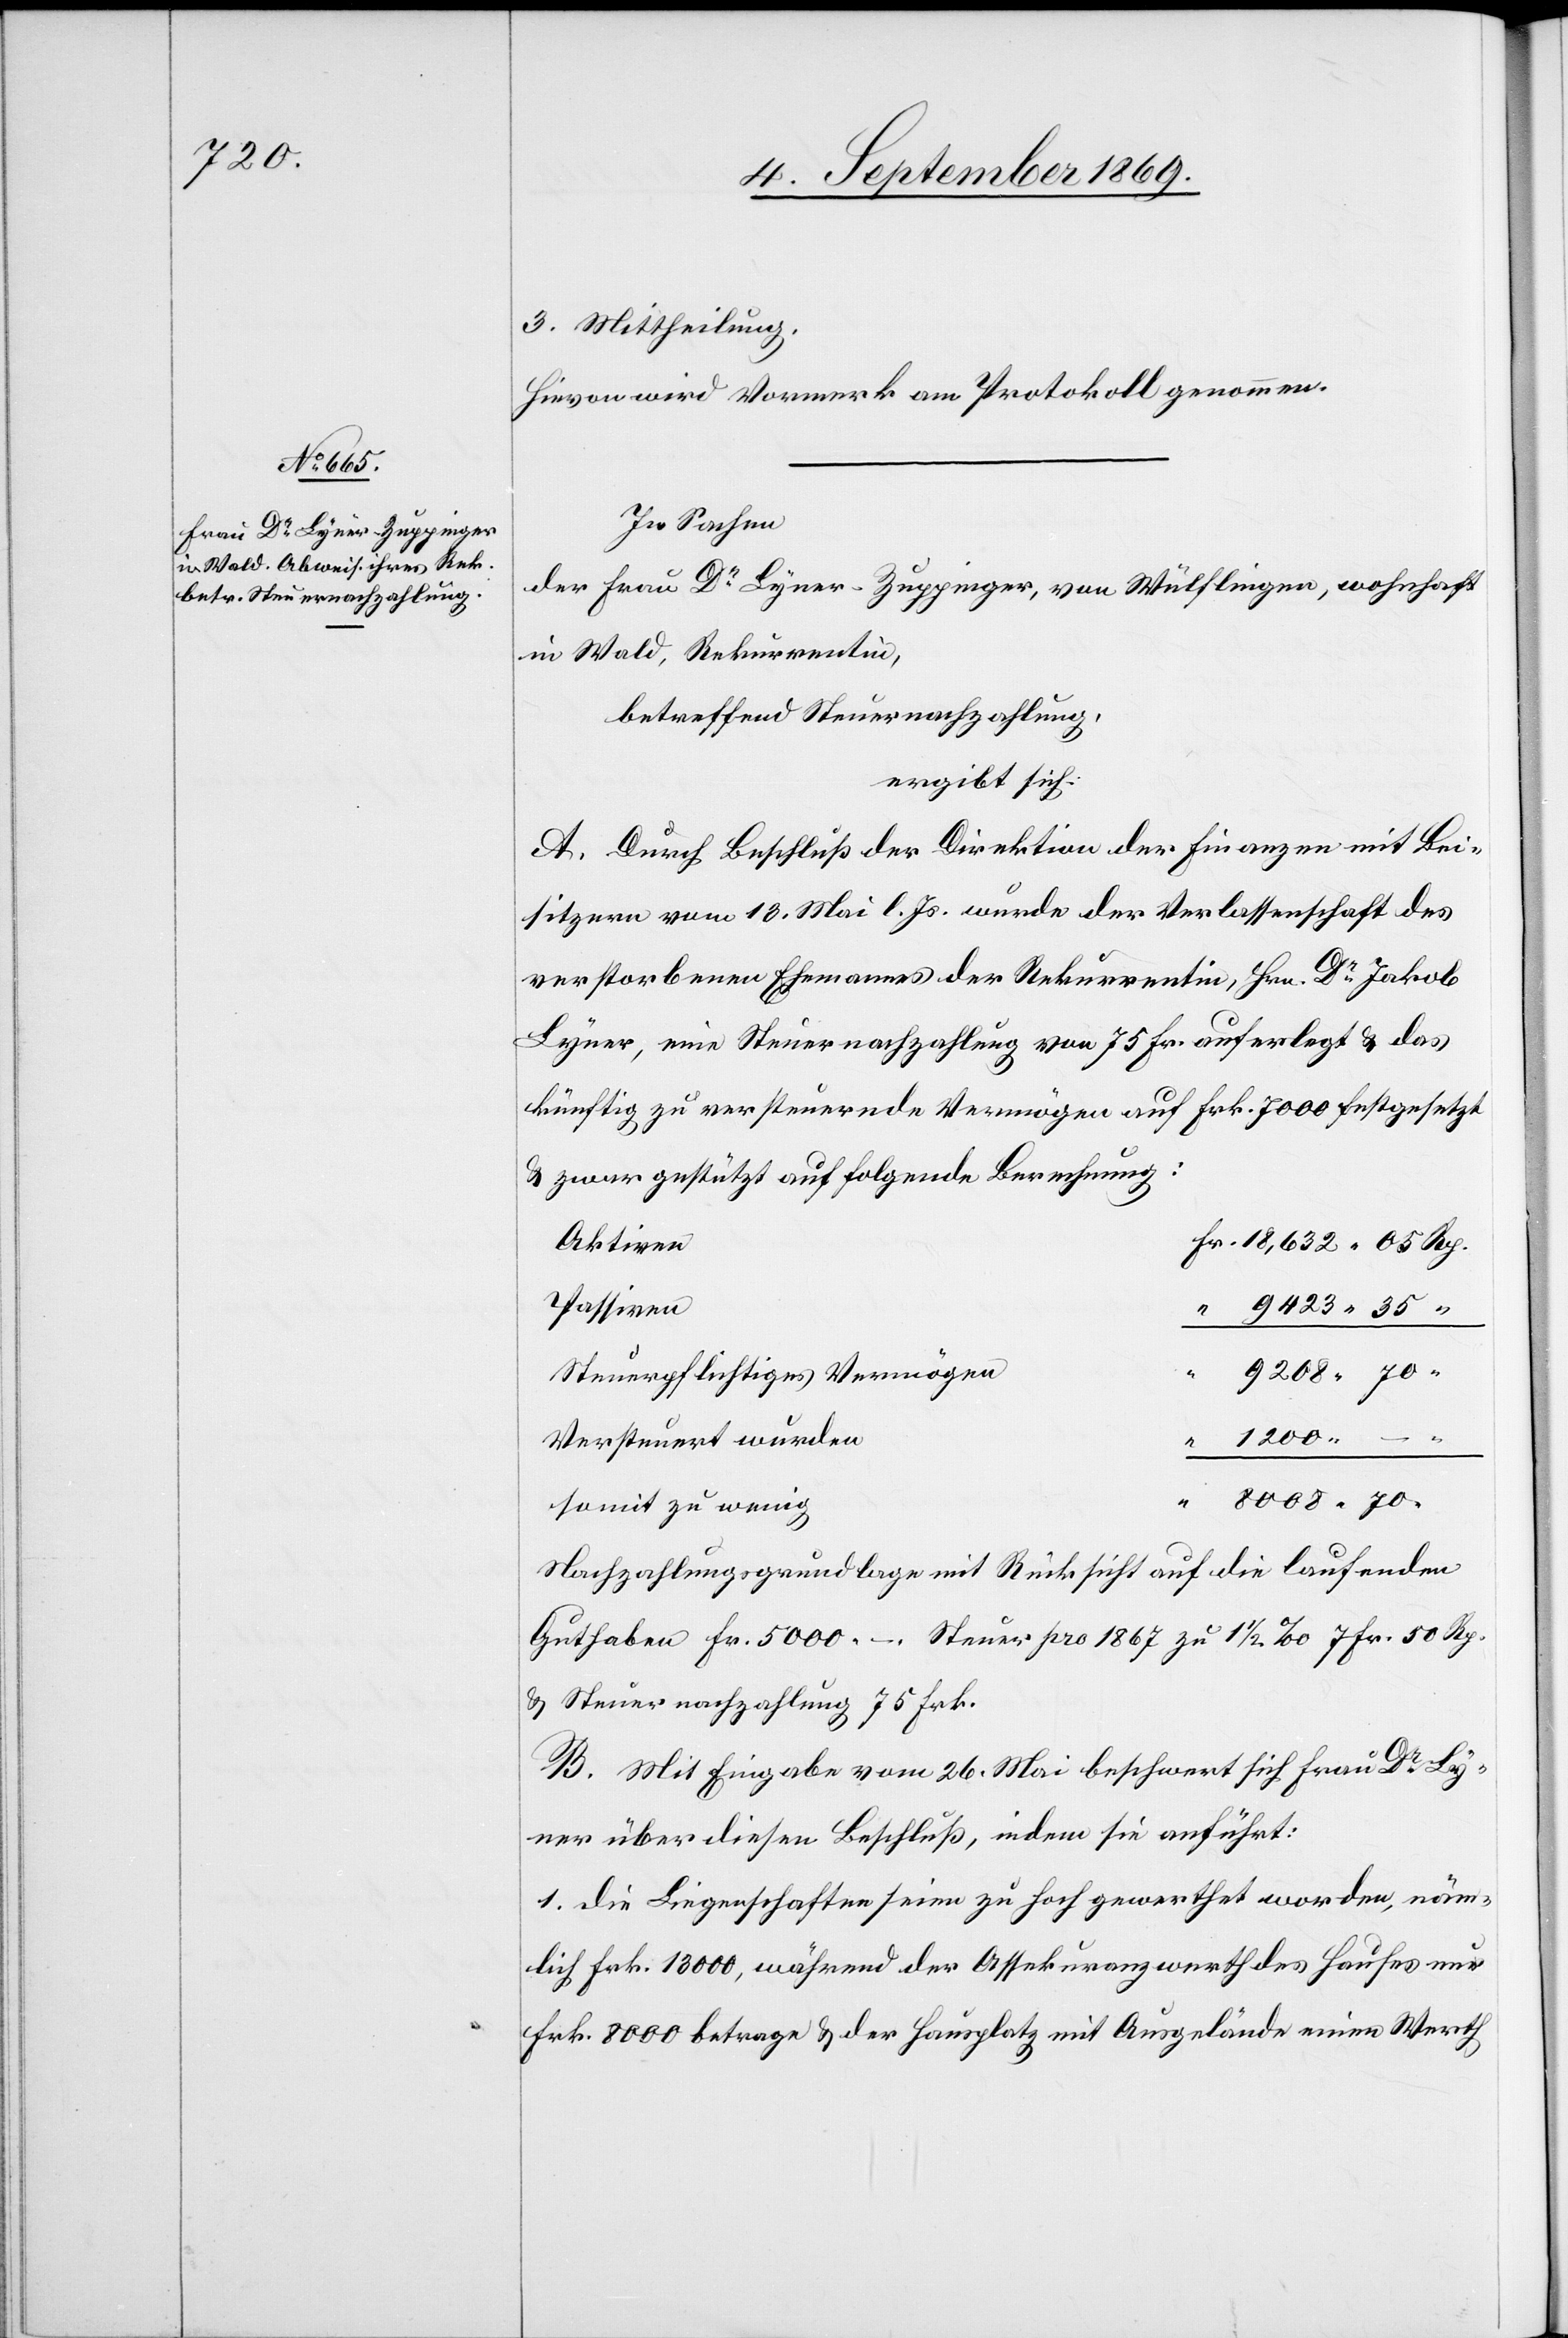
1200

3. Mittheilung.
Hievon wird Vormerk am Protokoll genommen.
In Sachen
der Frau Dr Lyner-Zuppinger, von Wülflingen, wohnhaft
in Wald, Rekurrentin,
betreffend Steuernachzahlung,
ergibt sich:
A. Durch Beschluß der Direktion der Finanzen mit Bei¬
sitzern vom 13. Mai l. Js. wurde der Verlassenschaft des
verstorbenen Ehemannes der Rekurrentin, Hrn. Dr Jakob
Lyner, eine Steuernachzahlung von 75 Fr. auferlegt & das
künftig zu versteuernde Vermögen auf Frk. 7000 festgesetzt
& zwar gestützt auf folgende Berechnung:
Aktiven
Passiven
9423 35
Steuerpflichtiges Vermögen
Versteuert wurden
somit zu wenig
Nachzahlungsgrundlage mit Rücksicht auf die laufenden
Guthaben Fr. 5000 –. Steuer pro 1867 zu 1 1/2‰ 7 Fr. 50 Rp.
& Steuernachzahlung 75 Frk.
B. Mit Eingabe vom 26. Mai beschwert sich Frau Dr Ly¬
ner über diesen Beschluß, indem sie anführt:
1. die Liegenschaften seien zu hoch gewerthet worden, näm¬
lich Frk. 13 000, während der Assekuranzwerth des Hauses nur
Frk. 8000 betrage & der Hausplatz mit Ausgelände einen Werth